Vaccine operations Central Provinces 1868-1885 - 1868-1885
Year: 1868
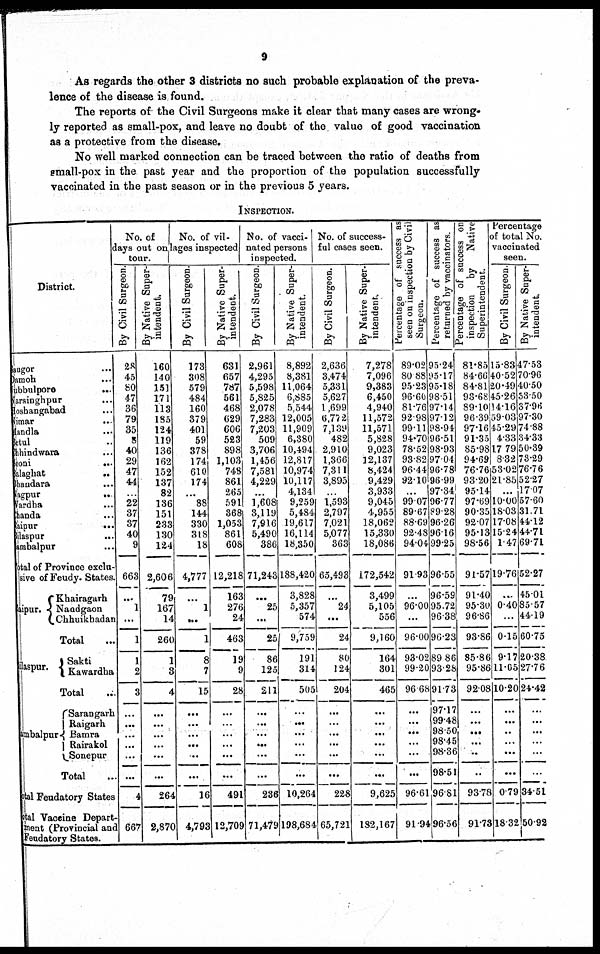
9
As regards the other 3 districts no such probable explanation of the preva-
lence of the disease is found.
The reports of the Civil Surgeons make it clear that many cases are wrong-
ly reported as small-pox, and leave no doubt of the value of good vaccination
as a protective from the disease.
No well marked connection can be traced between the ratio of deaths from
small-pox in the past year and the proportion of the population successfully
vaccinated in the past season or in the previous 5 years.
INSPECTION.
District.
Saugor ...
Damoh
...
Jubbulpore
...
Narsinghpur ...
Hoshangabad ...
Nimar
...
Mandla ...
Betul ...
Chhindwara ...
Seoni
...
Balaghat
...
Bhaudara ...
Nagpur ...
Vardha ...
Chanda ...
Raipur
...
Bilaspur
...
Sambalpur ...
Total of Province exclu-
sive of Feudy. States.
Jaipur.
Khairagarh
Nandgaon
Chhuikhadan
Total ...
Bilaspur.
Sakti
Kawardha
Total ...
Sambalpur
Sarangarh
Raigarh
Bamra
Rairakol
Sonepur
Total...
Total Feudatory States
Total Vaccine Depart-
ment (Provincial and
Feudatory States.
No. of
days out on
tour.
By Civil Surgeon.
28
45
80
47
36
79
35
8
40
29
47
44
...
22
37
37
40
9
663
...
1
...
1
1
2
3
...
...
...
...
...
...
4
667
By Native Super-
intendent.
160
140
151
171
113
185
124
119
136
162
152
137
82
136
151
233
130
124
2,606
79
167
14
260
1
3
4
...
...
...
...
...
...
264
2,870
No. of vil-
lages inspected
By Civil Surgeon.
173
308
579
484
160
379
401
59
378
174
610
174
...
88
144
330
318
18
4,777
...
1
...
1
8
7
15
...
...
...
...
...
...
16
4,793
By Native Super-
intendent.
631
657
787
561
468
629
606
523
898
1,103
748
861
265
591
368
1,053
861
608
12,218
163
276
24
463
19
9
28
...
...
...
...
...
...
491
12,709
No. of vacci-
nated persons
inspected.
By Civil Surgeon.
2,961
4,295
5,598
5,825
2,078
7,283
7,203
509
3,706
1,456
7,581
4,229
...
1,608
3,119
7,916
5,490
386
71,243
...
25
...
25
86
125
211
...
...
...
...
...
...
236
71,479
By Native Super-
intendent.
8,892
8,381
11,064
6,885
5,544
12,005
11,909
6,380
10,494
12,817
10,974
10,117
4,134
9,259
5,484
19,617
16,114
18,350
188,420
3,828
5,357
574
9,759
191
314
505
...
...
...
...
...
...
10,264
198,684
No. of success-
ful cases seen.
By Civil Surgeon.
2,636
3,474
5,331
5,627
1,699
6,772
7,139
482
2,910
1,366
7,311
3,895
...
1,593
2,797
7,021
5,077
363
65,493
...
24
...
24
80
124
204
...
...
...
...
...
...
228
65,721
By Native Super-
intendent.
7,278
7,096
9,383
6,450
4,940
11,572
11,571
5,828
9,023
12,137
8,424
9,429
3,933
9,045
4,955
18,062
15,330
18,086
172,542
3,499
5,105
556
9,160
164
301
465
...
...
...
...
...
...
9,625
182,167
Percentage of success as
seen on inspection by Civil
Surgeon.
89.02
80.88
95.23
96.60
81.76
92.98
99.11
94.70
78.52
93.82
96.44
92.10
...
99.07
89.67
88.69
92.48
94.04
91.93
...
96.00
...
96.00
93.02
99.20
96.68
...
...
...
...
...
...
96.61
91.94
Percentage of success as
returned by vaccinators.
95.24
95.17
95.18
98.51
97.14
97.12
98.94
96.51
98.93
97.04
96.78
96.99
97.34
96.77
89.28
96.26
96.16
99.25
96.55
96.59
95.72
96.38
96.23
89.86
93.28
91.73
97.17
99.48
98.50
98.45
98.36
98.51
96.81
96.56
Percentage of success on
inspection
by Native
Superintendent.
81.85
84.66
84.81
93.68
89.10
96.39
97.16
91.35
85.98
94.69
76.76
93.20
95.14
97.69
90.35
92.07
95.13
98.56
91.57
91.40
95.30
96.86
93.86
85.86
95.86
92.08
...
...
...
...
...
...
93.78
91.73
Percentage
of total No.
vaccinated
seen.
By Civil Surgeon.
15.83
40.52
20.49
45.26
14.16
59.03
45.29
4.33
17.79
8.32
53.02
21.85
...
10.00
18.03
17.08
15.24
1.47
19.76
...
0.40
...
0.15
9.17
11.05
10.20
...
...
...
...
...
...
0.79
18.32
By Native Super-
intendent.
47.53
70.96
40.50
53.50
37.96
97.30
74.88
34.33
50.39
73.29
76.76
52.27
17.07
57.60
31.71
44.12
44.71
69.71
52.27
45.01
85.57
44.19
60.75
20.38
27.76
24.42
...
...
...
...
...
...
34.51
50.92